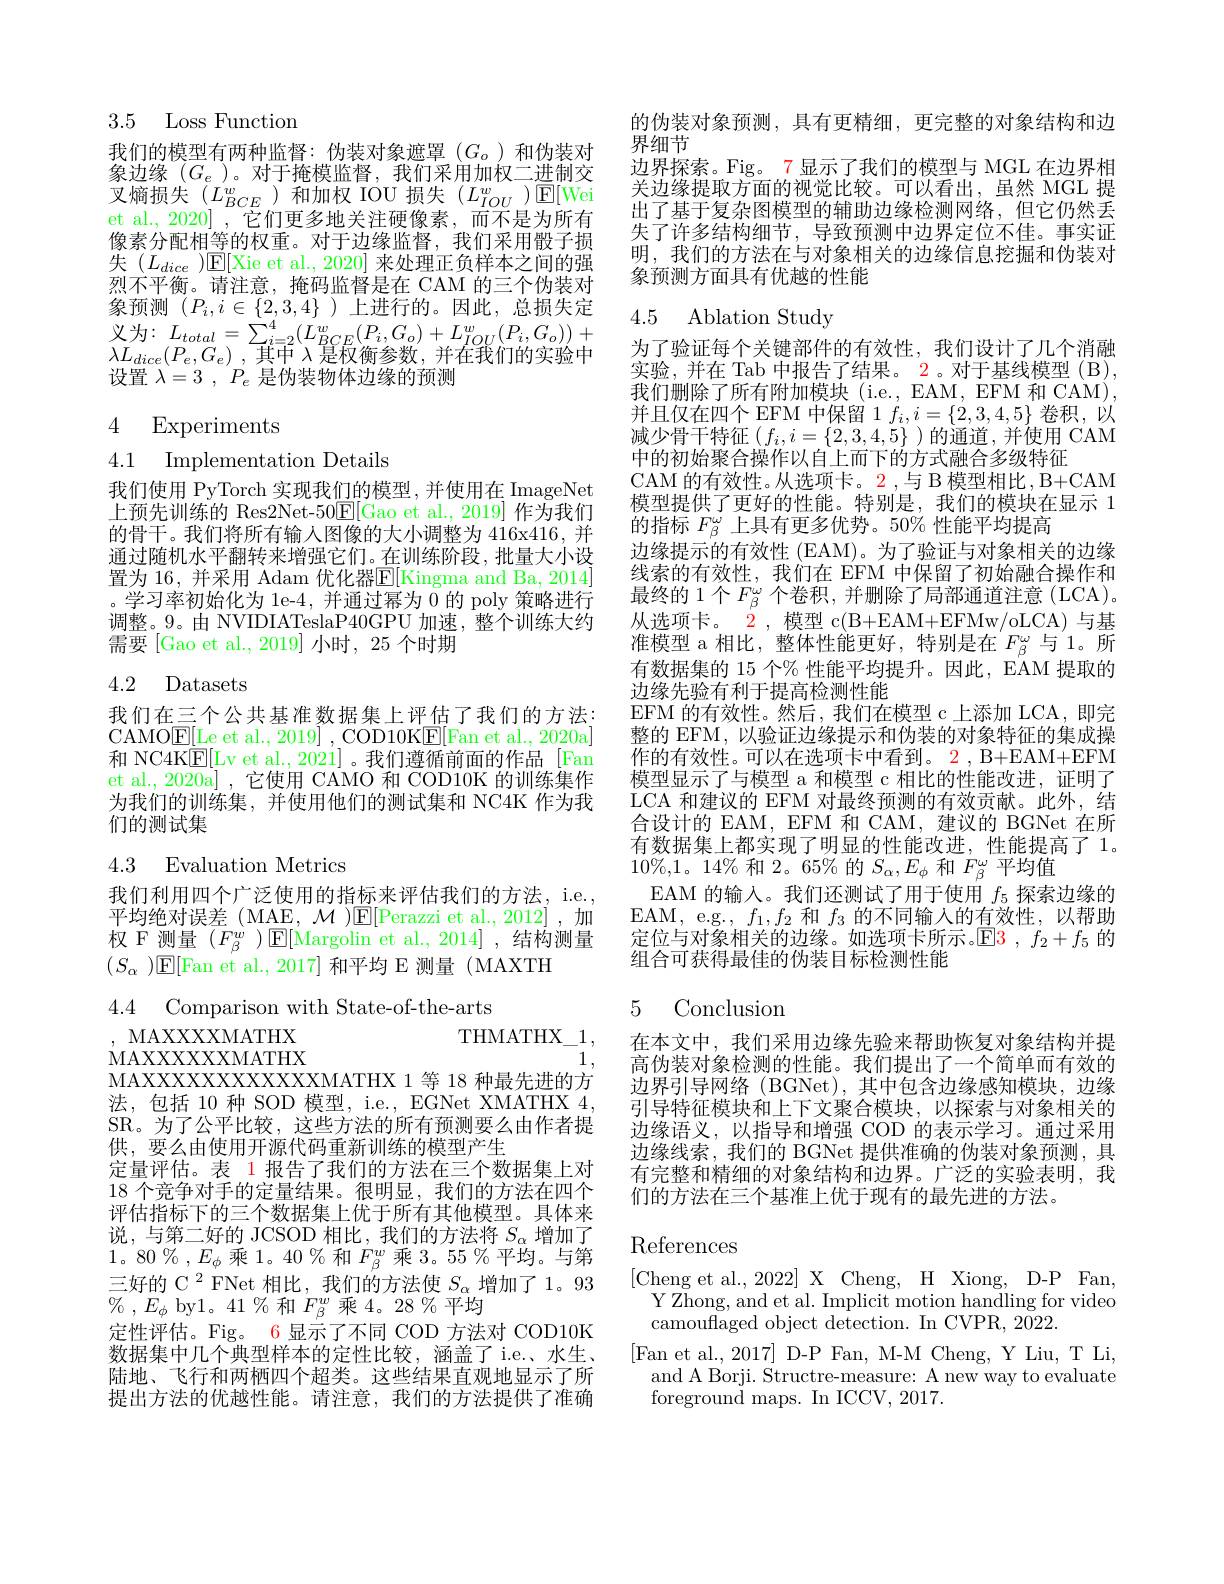
## 3.5 Loss Function

我们的模型有两种监督：伪装对象遮罩(G_o)和伪装对$象边缘(G_{e})。对干掩模监督，我们采用加权一进制交$ 叉熵损失$(L_BCE^w$)和加权 IOU 损失$(L_IOU^w)\mathbb{E}[$Wei et al., 2020] ,它们更多地关注硬像素，而不是为所有像素分配相等的权重。对于边缘监督，我们采用骰子损失 $( L_{dice})$[E[Xie et al., 2020] 来处理正负样本之间的强烈不平衡。请注意，掩码监督是在 CAM 的三个伪装对$\begin{array}{l}{\text{象预测}(P_{i},i\in\{2,3,4\})\text{上进行的。因此，总损失定}}\\{\text{义为：}L_{total}=\sum_{i=2}^{4}(L_{BCE}^{w}(P_{i},G_{o})+L_{IOU}^{w}(P_{i},G_{o}))+}\\{\lambda L_{dice}(P_{e},G_{e}),\text{其中 }\lambda\text{ 是权衡参数，并在我们的实验中}}\end{array}$ $\lambda L_{dice}( P_{e}, G_{e})$ , $\overline {\text{其 中 }\lambda }$是权衡参数，并在我们的实验中设置$\lambda = 3$ , $P_e$是伪装物体边缘的预测

# 4 Experiments

4.1 Implementation Details

我们使用 PyTorch 实现我们的模型，并使用在 ImageNet 上预先训练的 Res2Net-50$\underline{\mathrm{E}}[$Gao et al., 2019] 作为我们的骨干。我们将所有输人图像的大小调整为 416x416, 并通过随机水平翻转来增强它们。在训练阶段，批量大小设置为 16, 并采用 Adam 优化器$\mathbb{E}[$Kingma and Ba, 2014] 。学习率初始化为 le-4, 并通过幂为 0 的 poly 策略进行调整。9。由 NVIDIATeslaP40GPU 加速，整个训练大约需要 [Gao et al., 2019] 小时，25 个时期

## 4.2 Datasets

我们在三个公共基准数据集上评估了我们的方法： CAMO$\underline{\mathrm{E}[}$Le et al., 2019] , COD10K$\underline{\mathrm{E}[}$Fan et al., 2020a] 和 NC4K$\underline{\mathrm{E}}[$Lv et al.,2021]。我们遵循前面的作品 [Fan et al., 2020a] , 它使用 CAMO 和 COD10K 的训练集作为我们的训练集，并使用他们的测试集和 NC4K 作为我们的测试集

## 4.3 Evaluation Metrics

我们利用四个广泛使用的指标来评估我们的方法，i.e., 平均绝对误差 (MAE, $\mathcal{M})$E[Perazzi et al.,2012],加权 F 测量$(F_{\beta}^{w})$E[Margolin et al.,2014],结构测量$(S_\alpha)$E[Fan et al., 2017] 和平均 E 测量(MAXTH

4.4 Comparison with State-of-the-arts
, MAXXXXMATHX
$\mathrm{THMATHX}_{-}1$,

MAXXXXXXMATHX
1,
MAXXXXXXXXXXXXXXXMATHX 1 等 18 种最先进的方法，包括 10 种 SOD 模型，i.e., EGNet XMATHX 4. SR。为了公平比较，这些方法的所有预测要么由作者提供，要么由使用开源代码重新训练的模型产生
定量评估。表 1 报告了我们的方法在三个数据集上对18 个竞争对手的定量结果。很明显，我们的方法在四个评估指标下的三个数据集上优于所有其他模型。具体来说，与第二好的 JCSOD 相比，我们的方法将$S_\alpha$增加了$1。80\%,E_{\phi}$乘1。40%和$F_\beta^w$乘3。55%平均。与第三好的 C$^2$ FNet 相比，我们的方法使$S_\alpha$增加了1。93 $\%$ , $E_{\phi }$ by$1。41\%$ 和$F_{\beta}^w$ 乘 4。28 %平均
定性评估。Fig。6 显示了不同 COD 方法对 COD10K 数据集中几个典型样本的定性比较，涵盖了 i.e.、水生、 陆地、飞行和两栖四个超类。这些结果直观地显示了所提出方法的优越性能。请注意，我们的方法提供了准确

的伪装对象预测，具有更精细，更完整的对象结构和边
界细节
边界探索。Fig。7 显示了我们的模型与 MGL 在边界相

关边缘提取方面的视觉比较。可以看出，虽然 MGL 提出了基于复杂图模型的辅助边缘检测网络，但它仍然丢失了许多结构细节，导致预测中边界定位不佳。事实证明，我们的方法在与对象相关的边缘信息挖掘和伪装对象预测方面具有优越的性能

## 4.5 Ablation Study

为了验证每个关键部件的有效性，我们设计了几个消融实验，并在 Tab 中报告了结果。2。对于基线模型 (B) 我们删除了所有附加模块(i.e.,EAM,EFM 和 CAM) 并且仅在四个 EFM 中保留1 $f_i,i=\{2,3,4,5\}$卷积，以减少骨干特征$(f_i,i=\{2,3,4,5\}$)的通道，并使用 CAM 中的初始聚合操作以自上而下的方式融合多级特征
CAM 的有效性。从选项卡。2 ,与 B 模型相比 , B+CAM 模型提供了更好的性能。特别是，我们的模块在显示 1的指标$F_{\beta}^\omega$上具有更多优势。50% 性能平均提高
边缘提示的有效性 (EAM)。为了验证与对象相关的边缘线索的有效性，我们在 EFM 中保留了初始融合操作和最终的1个$F_\beta^\omega$个卷积，并删除了局部通道注意(LCA)。从选项卡。2,模型 c(B+EAM+EFMw/oLCA)与基准模型 a 相比，整体性能更好，特别是在$F_{\beta}^{\omega}$与 1。所有数据集的 15 个% 性能平均提升。因此，EAM 提取的边缘先验有利于提高检测性能
EFM 的有效性。然后，我们在模型 c 上添加 LCA,即完整的 EFM, 以验证边缘提示和伪装的对象特征的集成操作的有效性。可以在选项卡中看到。2,B+EAM+EFM 模型显示了与模型 a 和模型 c 相比的性能改进，证明了LCA 和建议的 EFM 对最终预测的有效贡献。此外，结合设计的 EAM, EFM 和 CAM, 建议的 BGNet 在所有数据集上都实现了明显的性能改进，性能提高了 1。$10\%,1。14\%$和 2。65% 的$S_\alpha,E_\phi$和$F_\beta^\omega$平均值
EAM 的输入。我们还测试了用于使用$f_5$探索边缘的EAM, e.g., $f_1,f_2$和$f_3$的不同输入的有效性，以帮助定位与对象相关的边缘。如选项卡所示。$\operatorname{E3},f_2+f_5$的组合可获得最佳的伪装目标检测性能

5 Conclusion

在本文中，我们采用边缘先验来帮助恢复对象结构并提高伪装对象检测的性能。我们提出了一个简单而有效的边界引导网络(BGNet),其中包含边缘感知模块，边缘引导特征模块和上下文聚合模块，以探索与对象相关的边缘语义，以指导和增强 COD 的表示学习。通过采用边缘线索，我们的 BGNet 提供准确的伪装对象预测，具有完整和精细的对象结构和边界。广泛的实验表明，我们的方法在三个基准上优于现有的最先进的方法。

# References

[Cheng et al., 2022] X Cheng, H Xiong, D-P Fan,
Y Zhong, and et al. Implicit motion handling for video
$\bar{\text{camouflaged object detection. In CVPR, 2022}}.$
[Fan et al.,2017] D-P Fan, M-M Cheng, Y Liu, T Li,
and A Borji. Structre-measure: A new way to evaluate
foreground maps. In ICCV, 2017.